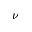
\nu